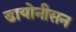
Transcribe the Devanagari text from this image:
डायोनीसन